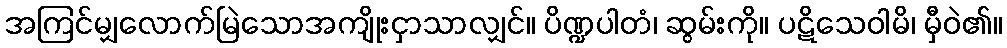
အကြင်မျှလောက်မြဲသောအကျိုးငှာသာလျှင်။ ပိဏ္ဍပါတံ၊ ဆွမ်းကို။ ပဋိသေဝါမိ၊ မှီဝဲ၏။